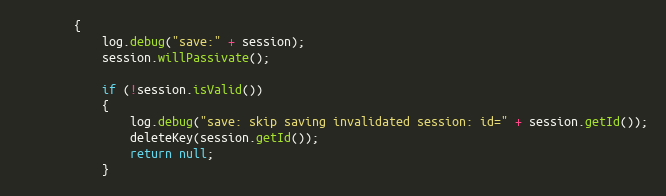
Language: Java
        {
            log.debug("save:" + session);
            session.willPassivate();

            if (!session.isValid())
            {
                log.debug("save: skip saving invalidated session: id=" + session.getId());
                deleteKey(session.getId());
                return null;
            }